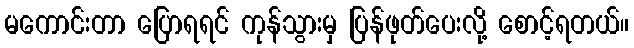
မကောင်းတာ ပြောရရင် ကုန်သွားမှ ပြန်ဖုတ်ပေးလို့ စောင့်ရတယ်။